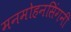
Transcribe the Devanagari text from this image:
मनमोहनसिंगनी